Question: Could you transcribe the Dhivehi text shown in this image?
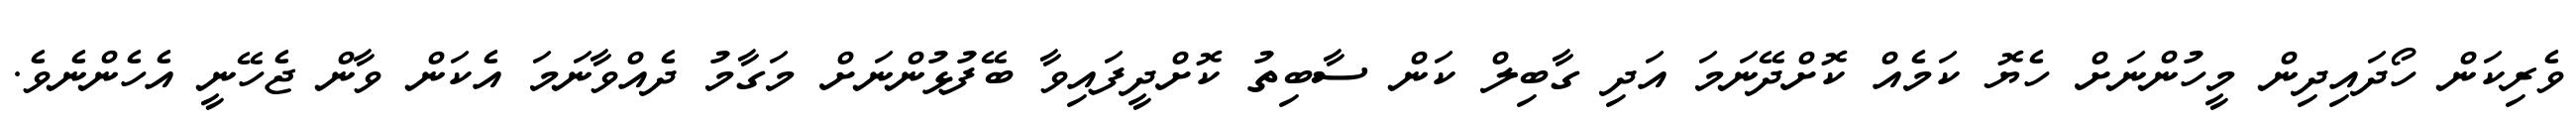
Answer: ވެރިކަން ހޯދައިދިން މީހުންނަށް ހެޔޮ ކަމެއް ކޮށްދޭނަމަ އަދި ގާބިލް ކަން ސާބިތު ކޮށްދީފައިވާ ބޭފުޅުންނަށް މަގާމު ދެއްވާނަމަ އެކަން ވާން ޖެހޭނީ އެހެންނެވެ.